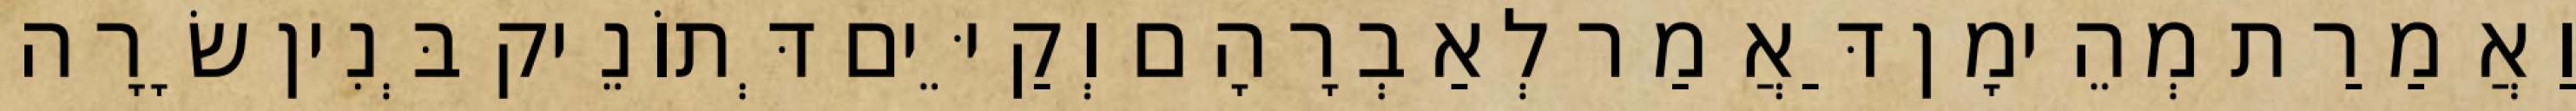
וַאֲמַרַת מְהֵימָן דַּאֲמַר לְאַבְרָהָם וְקַיֵּים דְּתוֹנֵיק בְּנִין שָׂרָה